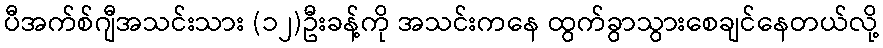
ပီအက်စ်ဂျီအသင်းသား (၁၂)ဦးခန့်ကို အသင်းကနေ ထွက်ခွာသွားစေချင်နေတယ်လို့